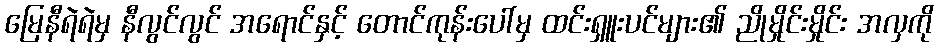
မြေနီရဲရဲမှ နီလွင်လွင် အရောင်နှင့် တောင်ကုန်းပေါ်မှ ထင်းရှူးပင်များ၏ ညိုမှိုင်းမှိုင်း အလှကို